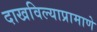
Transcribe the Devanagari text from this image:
दाखविल्याप्रामाणे